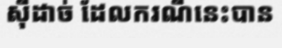
ស៊ីដាច់ ដែលករណីនេះបាន